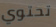
تحتوي